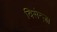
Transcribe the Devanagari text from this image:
विसेन्ज़ा